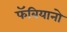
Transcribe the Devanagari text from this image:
फॅबियानो